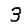
Digit: 3